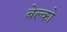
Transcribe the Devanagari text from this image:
बेल्को